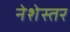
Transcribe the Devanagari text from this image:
नेशेस्तर